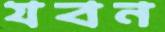
যবন